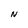
Character: N